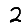
Digit: 2